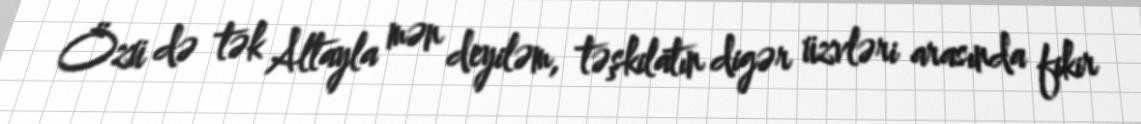
Özü də tək Altayla mən deyiləm, təşkilatın digər üzvləri arasında fikir